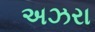
અઝરા